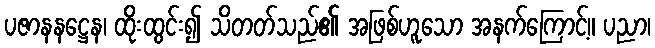
ပဇာနနဋ္ဌေန၊ ထိုးထွင်း၍ သိတတ်သည်၏ အဖြစ်ဟူသော အနက်ကြောင့်။ ပညာ၊